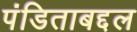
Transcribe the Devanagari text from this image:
पंडिताबद्दल